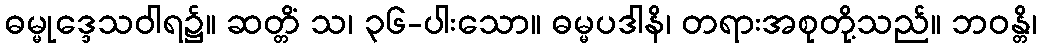
ဓမ္မုဒ္ဒေသဝါရ၌။ ဆတ္တိံ သ၊ ၃၆-ပါးသော။ ဓမ္မပဒါနိ၊ တရားအစုတို့သည်။ ဘဝန္တိ၊